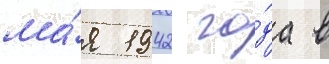
ма́я 1942 го́да в